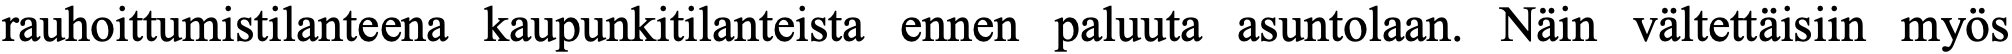
rauhoittumistilanteena kaupunkitilanteista ennen paluuta asuntolaan. Näin vältettäisiin myös